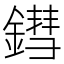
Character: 鏏